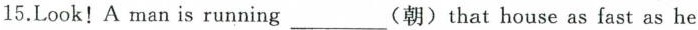
15.Look! A man is running ___(朝)that house as fast as he